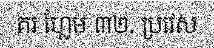
គរ ហ្លែម ៣២. ប្រវេស